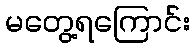
မတွေ့ရကြောင်း